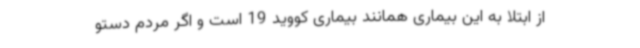
از ابتلا به این بیماری همانند بیماری کووید 19 است و اگر مردم دستو